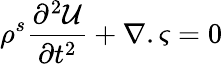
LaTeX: \rho^{s}\frac{\partial^{2}\mathcal{U}}{\partial t^{2}}+\nabla.{\varsigma}=0